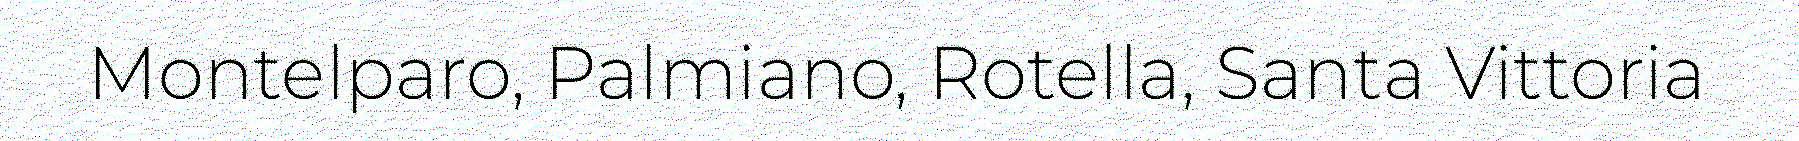
Montelparo, Palmiano, Rotella, Santa Vittoria